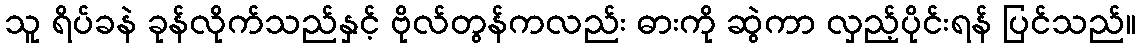
သူ ရိပ်ခနဲ ခုန်လိုက်သည်နှင့် ဗိုလ်တွန်ကလည်း ဓားကို ဆွဲကာ လှည့်ပိုင်းရန် ပြင်သည်။